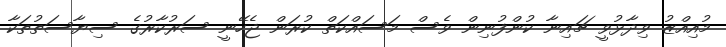
މުއިއްޒު ވިދާޅުވީ ޗައިނާ ކުންފުނިން ވެސް މަސައްކަތް ކުރަން ޖެހޭނީ ސަރުކާރުގެ ސިޔާސަތުތަކާ